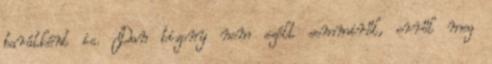
barátként is. Dan bizony nem szólt semmiről, erről meg